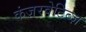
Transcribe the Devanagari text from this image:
कंज़रवेटिब्ज़